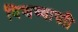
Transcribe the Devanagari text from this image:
विश्वव्यापाी